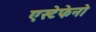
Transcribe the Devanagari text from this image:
एस्टेफेनो